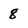
Character: 8